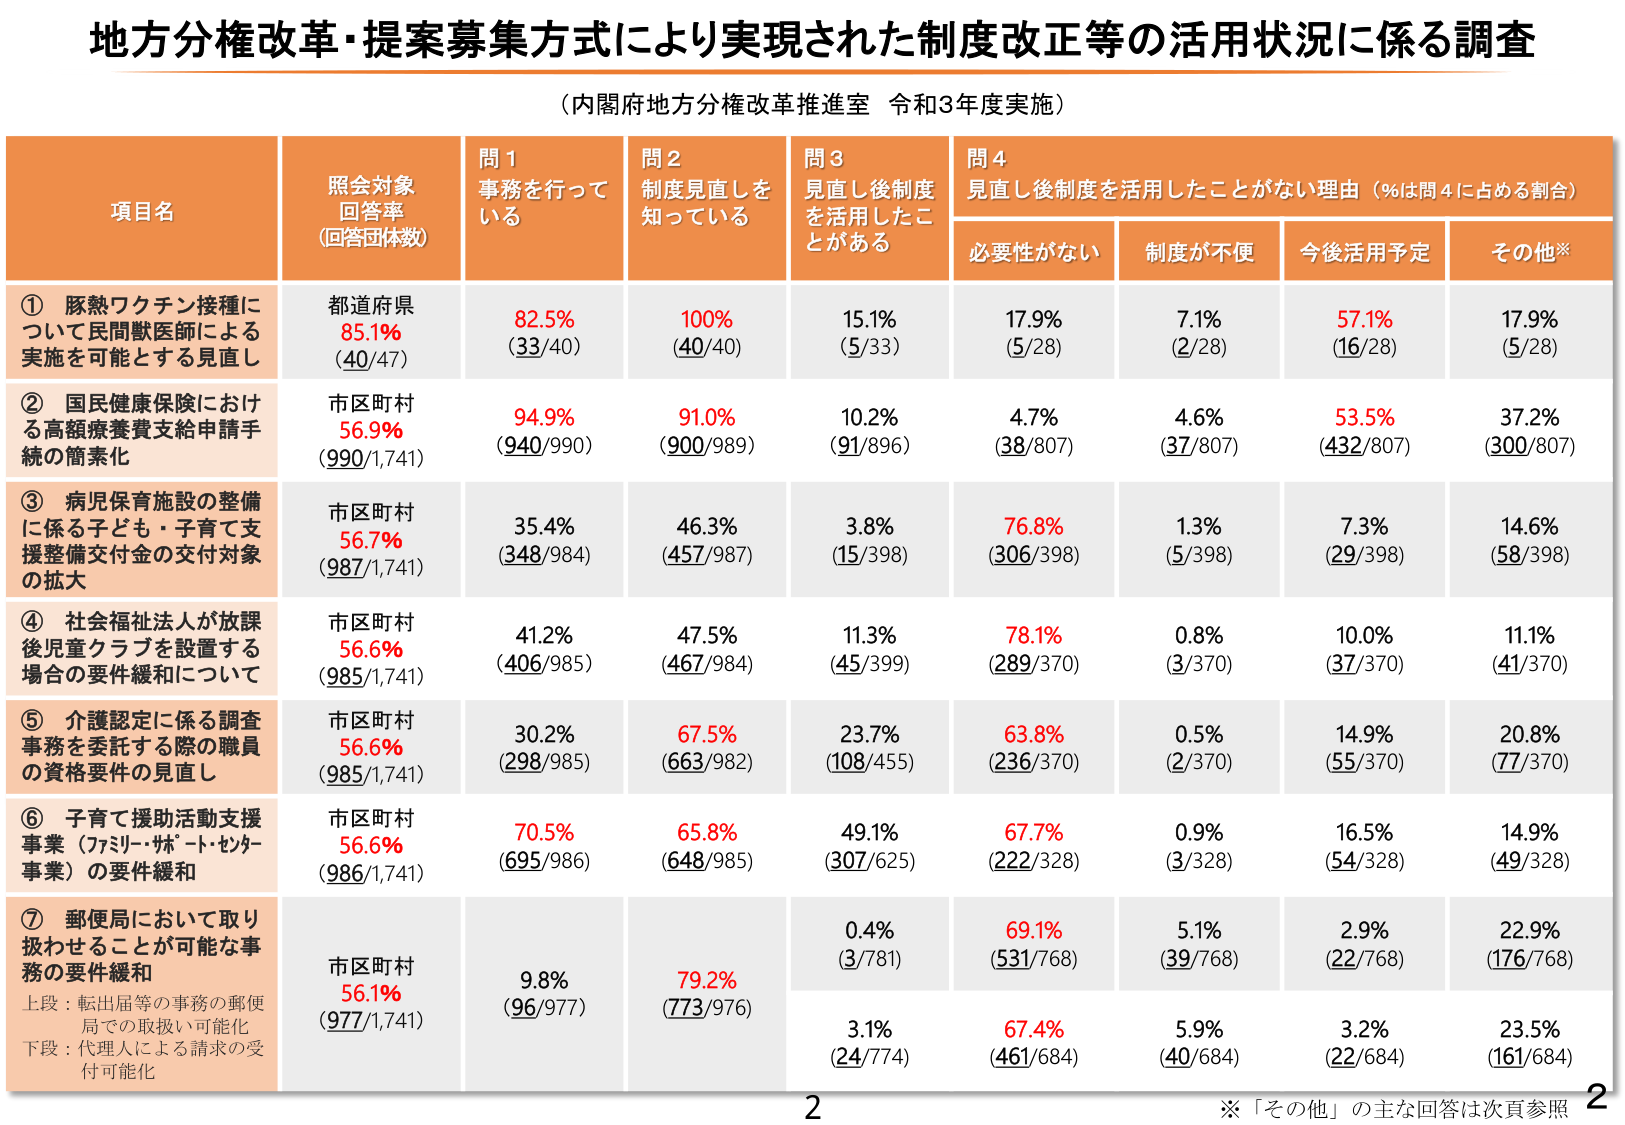
地方分権改革・提案募集方式により実現された制度改正等の活用状況に係る調査
（内閣府地方分権改革推進室 令和3年度実施）

項目名
照会対象
回答率
（回答団体数）
問1
事務を行っている
問2
制度見直しを
知っている
問3
見直し後制度
を活用したこ
とがある
問4
見直し後制度を活用したことがない理由（％は問4に占める割合）
　　必要性がない　　制度が不便　　今後活用予定　　その他※

① 豚熱ワクチン接種に
ついて民間獣医師による
実施を可能とする見直し
都道府県
85.1%
（40/47）
82.5%
（33/40）
100%
（40/40）
15.1%
（5/33）
17.9%
（5/28）
7.1%
（2/28）
57.1%
（16/28）
17.9%
（5/28）

② 国民健康保険におけ
る高額療養費支給申請手
続の簡素化
市区町村
56.9%
（990/1,741）
94.9%
（940/990）
91.0%
（900/989）
10.2%
（91/896）
4.7%
（38/807）
4.6%
（37/807）
53.5%
（432/807）
37.2%
（300/807）

③ 病児保育施設の整備
に係る子ども・子育て支
援整備交付金の交付対象
の拡大
市区町村
56.7%
（987/1,741）
35.4%
（348/984）
46.3%
（457/987）
3.8%
（15/398）
76.8%
（306/398）
1.3%
（5/398）
7.3%
（29/398）
14.6%
（58/398）

④ 社会福祉法人が放課
後児童クラブを設置する
場合の要件緩和について
市区町村
56.6%
（985/1,741）
41.2%
（406/985）
47.5%
（467/984）
11.3%
（45/399）
78.1%
（289/370）
0.8%
（3/370）
10.0%
（37/370）
11.1%
（41/370）

⑤ 介護認定に係る調査
事務を委託する際の職員
の資格要件の見直し
市区町村
56.6%
（985/1,741）
30.2%
（298/985）
67.5%
（663/982）
23.7%
（108/455）
63.8%
（236/370）
0.5%
（2/370）
14.9%
（55/370）
20.8%
（77/370）

⑥ 子育て援助活動支援
事業（ファミリー・サポート・センター
事業）の要件緩和
市区町村
56.6%
（986/1,741）
70.5%
（695/986）
65.8%
（648/985）
49.1%
（307/625）
67.7%
（222/328）
0.9%
（3/328）
16.5%
（54/328）
14.9%
（49/328）

⑦ 郵便局において取り
扱わせることが可能な事
務の要件緩和
　　上段：転出届等の事務の郵便
　　局での取扱いの可能性
　　下段：代理人による請求の受
　　付可能性
市区町村
56.1%
（977/1,741）
9.8%
（96/977）
79.2%
（773/976）
0.4%
（3/781）
69.1%
（531/768）
5.1%
（39/768）
2.9%
（22/768）
22.9%
（176/768）